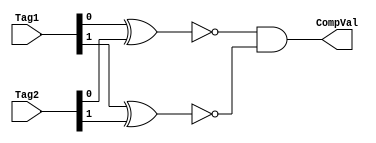

module TagCompare (
    Tag1, Tag2, 
    CompVal
);

input [2:1] Tag1;
input [2:1] Tag2;

output CompVal;

assign CompVal = !(Tag1[1] ^ Tag2[1]) & !(Tag1[2] ^ Tag2[2]);



endmodule